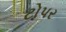
ટોપર